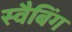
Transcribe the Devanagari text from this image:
स्वैबिंग